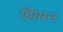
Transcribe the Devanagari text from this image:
झिमन